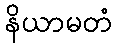
နိယာမတံ